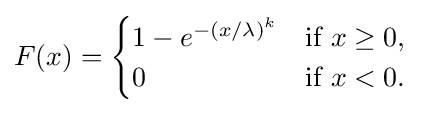
F(x)={\begin{cases}1-e^{-(x/\lambda )^{k}}&{\text{if }}x\geq 0,\\0&{\text{if }}x<0.\end{cases}}